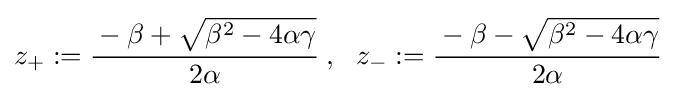
z_{+}:={\cfrac {-\beta +{\sqrt {\beta ^{2}-4\alpha \gamma }}}{2\alpha }}~,~~z_{-}:={\cfrac {-\beta -{\sqrt {\beta ^{2}-4\alpha \gamma }}}{2\alpha }}